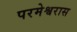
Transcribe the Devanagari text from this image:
परमेश्वरास